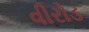
વીરોડ